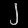
Digit: ၂